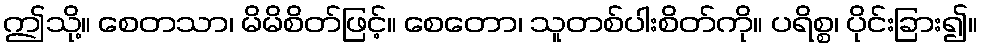
ဤသို့။ စေတသာ၊ မိမိစိတ်ဖြင့်။ စေတော၊ သူတစ်ပါးစိတ်ကို။ ပရိစ္စ၊ ပိုင်းခြား၍။